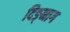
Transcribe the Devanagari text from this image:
दिङ्‌नाग